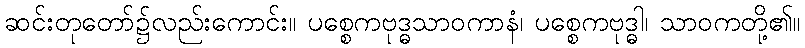
ဆင်းတုတော်၌လည်းကောင်း။ ပစ္စေကဗုဒ္ဓသာဝကာနံ၊ ပစ္စေကဗုဒ္ဓါ၊ သာဝကတို့၏။